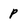
Character: p